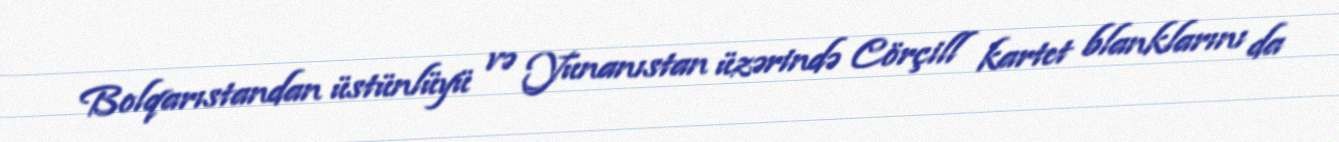
Bolqarıstandan üstünlüyü və Yunanıstan üzərində Cörçill kartet blanklarını da